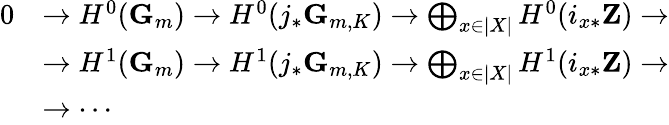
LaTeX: {\begin{array}{rl}{0}&{\to H^{0}(\mathbf{G}_{m})\to H^{0}(j_{*}\mathbf{G}_{m,K})\to\bigoplus_{x\in|X|}H^{0}(i_{x*}\mathbf{Z})\to}\\ &{\to H^{1}(\mathbf{G}_{m})\to H^{1}(j_{*}\mathbf{G}_{m,K})\to\bigoplus_{x\in|X|}H^{1}(i_{x*}\mathbf{Z})\to}\\ &{\to\cdots}\end{array}}